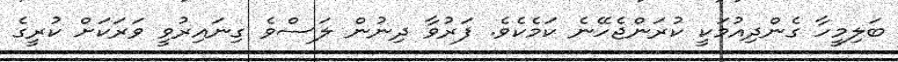
ބަލިމީހާ ގެންދިއުމަކީ ކުރަންޖެހޭނެ ކަމެކެވެ. ފަރުވާ ދިނުން ލަސްވެ ގިނައިރުވީ ވަރަކަށް ކުރީގެ